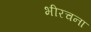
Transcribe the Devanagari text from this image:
भीरचना